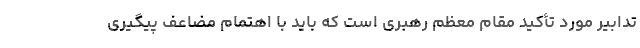
تدابیر مورد تأکید مقام معظم رهبری است که باید با اهتمام مضاعف پیگیری